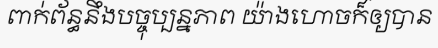
ពាក់ព័ន្ធនឹងបច្ចុប្បន្នភាព យ៉ាងហោចក៏ឲ្យបាន